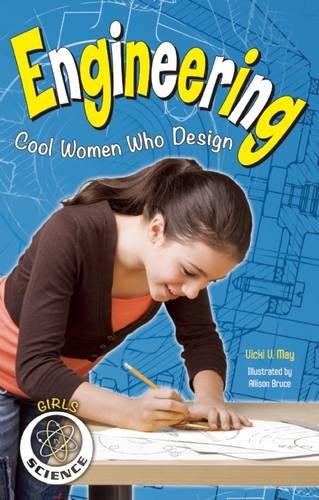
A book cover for Engineering: Cool Women Who Design (Girls in Science); Vicki  V. May; Children's Books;